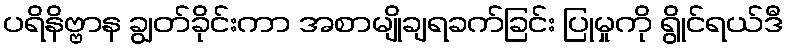
ပရိနိဗ္ဗာန ချွတ်ခိုင်းကာ အစာမျိုချရခက်ခြင်း ပြုမှုကို ရွိုင်ရယ်ဒီ